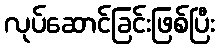
လုပ်ဆောင်ခြင်းဖြစ်ပြီး